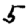
Digit: 5